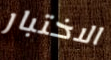
الاختبار